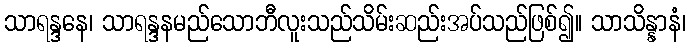
သာရန္ဒနေ၊ သာရန္ဒနမည်သောဘီလူးသည်သိမ်းဆည်းအပ်သည်ဖြစ်၍။ သာသိန္နာနံ၊